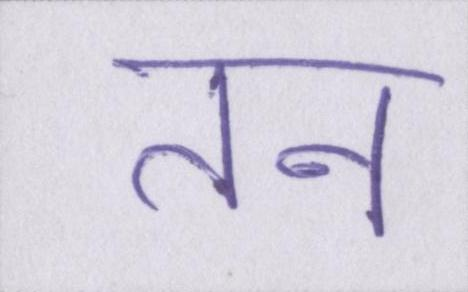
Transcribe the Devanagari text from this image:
तन